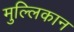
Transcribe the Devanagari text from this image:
मुल्लिकान